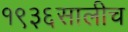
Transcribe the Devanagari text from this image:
१९३६सालीच